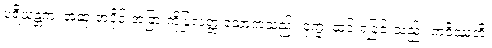
ပရိယန္တကံ၊ အဆုံးအပိုင်းအခြားကိုပြုလတ္တံ့သောကံသည်။ ဒုက္ခံ၊ ဆင်းရဲခြင်းသည်။ ဘဝိဿတိ၊